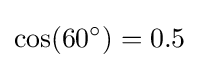
\cos(60^{\circ })=0.5